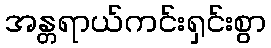
အန္တရာယ်ကင်းရှင်းစွာ